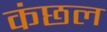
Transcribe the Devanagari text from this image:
कंछल